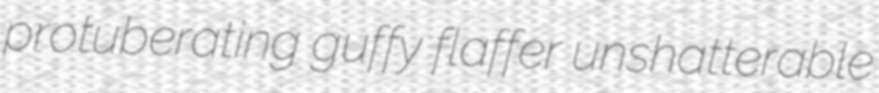
protuberating guffy flaffer unshatterable